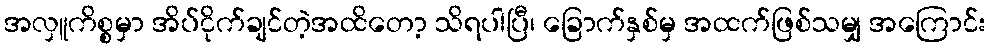
အလှူကိစ္စမှာ အိပ်ငိုက်ချင်တဲ့အထိတော့ သိရပါပြီ၊ ခြောက်နှစ်မှ အထက်ဖြစ်သမျှ အကြောင်း